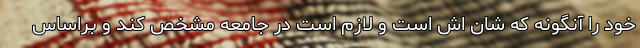
خود را آنگونه که شان اش است و لازم است در جامعه مشخص کند و براساس